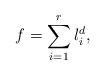
LaTeX: \begin{align*} f=\sum_{i=1}^r l_i^d,\end{align*}